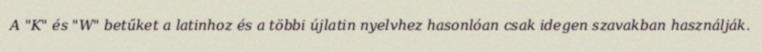
A "K" és "W" betűket a latinhoz és a többi újlatin nyelvhez hasonlóan csak idegen szavakban használják.